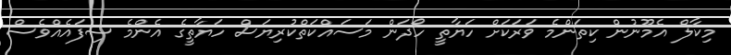
މިކާލް އެމޫނުން ކިތަންމެ ވަރަކަށް ހަޔާތީ ހޯދަން މަސައްކަތްކުރިޔަސް ހަޔާތީގެ އެންމެ ސިފައެއްވެސް